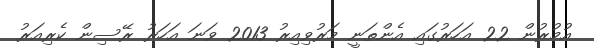
އުމުރުން 22 އަހަރުގައި އެންތަނީ މަރުވިއިރު 2013 ވަނަ އަހަރު ރޭސިން ކެރިއަރު